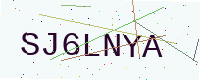
Text: SJ6LNYA